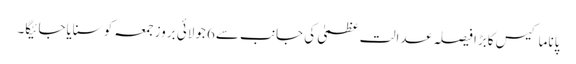
پاناما کیس کابڑا فیصلہ عدالت عظمیٰ کی جانب سے6 جولائی بروزجمعہ کو سنایاجائیگا۔